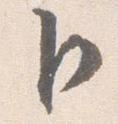
卜